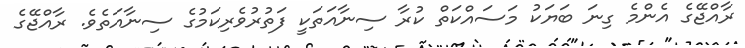
ރާއްޖޭގެ އެންމެ ގިނަ ބަޔަކު މަސައްކަތް ކުރާ ސިނާއަތަކީ ފަތުރުވެރިކަމުގެ ސިނާއަތެވެ. ރާއްޖޭގެ